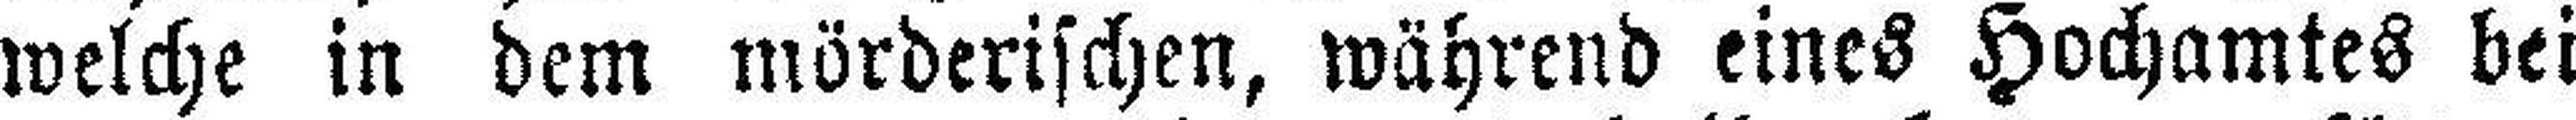
welche in dem mörderischen, während eines Hochamtes bei